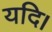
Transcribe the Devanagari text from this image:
यदि।